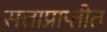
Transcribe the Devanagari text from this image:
सत्ताप्राप्तीत